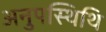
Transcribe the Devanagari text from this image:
अनुपस्थिथि